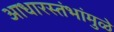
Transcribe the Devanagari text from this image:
आधारस्तंभांमुळे